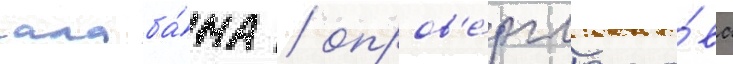
алаба́ма / опров'е́ргло сло́ва